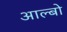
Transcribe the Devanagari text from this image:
आल्बो